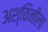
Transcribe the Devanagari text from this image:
अश्विनीला